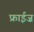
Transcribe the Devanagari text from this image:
फ्राईज़